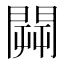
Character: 𨵑